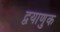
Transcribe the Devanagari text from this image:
द्वयाणुक